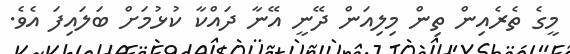
މީގެ ތެރެއިން ތިން މިލިއަން ދޭނީ އޭނާ ދައްކާ ކުޅުމަށް ބަލައިފަ އެވެ.